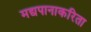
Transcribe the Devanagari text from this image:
मद्यपानाकरिता